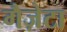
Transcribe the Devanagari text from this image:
गैज़ेटा